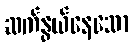
ဆက်နွယ်နေသော